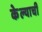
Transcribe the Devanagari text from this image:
केेल्याची